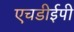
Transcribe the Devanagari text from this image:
एचडीईपी